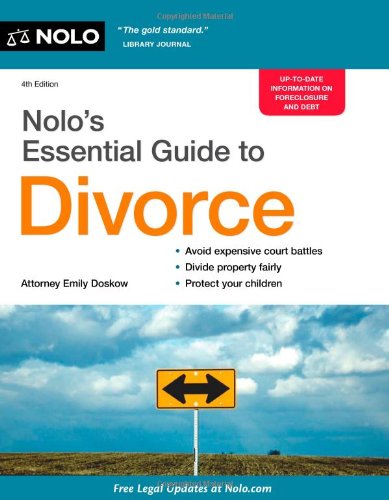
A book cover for Nolo's Essential Guide to Divorce; Emily Doskow Attorney; Law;